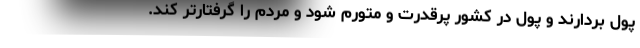
پول بردارند و پول در کشور پرقدرت و متورم شود و مردم را گرفتار‌تر کند.